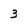
Character: 3